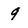
Character: 9